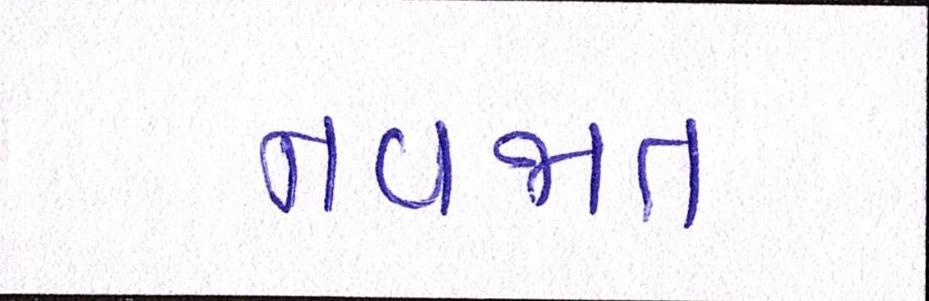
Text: નવજાત